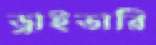
ড্রাইভারি